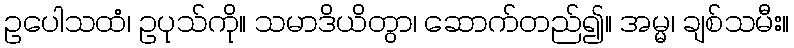
ဥပေါသထံ၊ ဥပုသ်ကို။ သမာဒိယိတွာ၊ ဆောက်တည်၍။ အမ္မ၊ ချစ်သမီး။